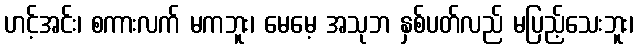
ဟင့်အင်း၊ စကားလက် မကဘူး၊ မေမေ့ အသုဘ နှစ်ပတ်လည် မပြည့်သေးဘူး၊